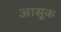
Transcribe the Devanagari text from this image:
आसूक